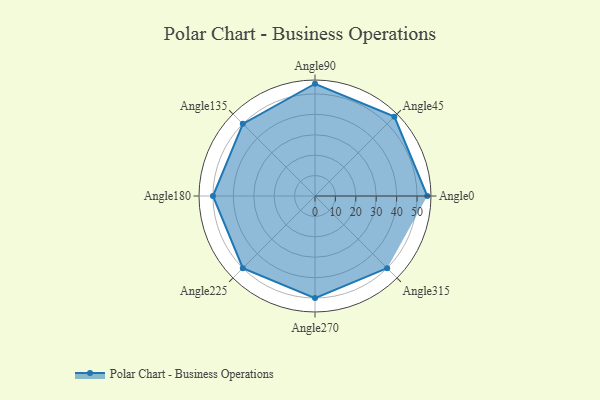
{"axis": {"x": "Angle", "y": "Radius"}, "legend": [""], "data": [{"x": "Angle0", "y": 55.0, "type": ""}, {"x": "Angle45", "y": 55.0, "type": ""}, {"x": "Angle90", "y": 55.0, "type": ""}, {"x": "Angle135", "y": 50, "type": ""}, {"x": "Angle180", "y": 50, "type": ""}, {"x": "Angle225", "y": 50.0, "type": ""}, {"x": "Angle270", "y": 50, "type": ""}, {"x": "Angle315", "y": 50, "type": ""}]}